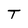
Character: T